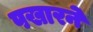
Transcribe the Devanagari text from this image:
पखारने